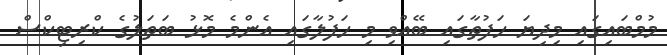
މުމްބައިގައި މިދިޔަ ހަފުތާގައި ބޭއްވި މި ހަފުލާގައި އެންމެ މޮޅު ބަތަލުގެ ކްރިޓިކްސް